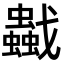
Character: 𧔼